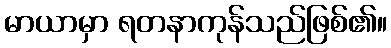
မာယာမှာ ရတနာကုန်သည်ဖြစ်၏။